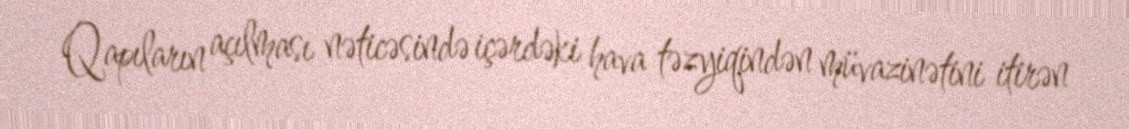
Qapıların açılması nəticəsində içərdəki hava təzyiqindən müvazinətini itirən